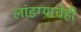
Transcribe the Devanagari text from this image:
लांडग्याचेही